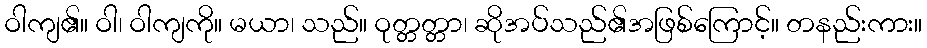
ဝါကျ၏။ ဝါ၊ ဝါကျကို။ မယာ၊ သည်။ ဝုတ္တတ္တာ၊ ဆိုအပ်သည်၏အဖြစ်ကြောင့်။ တနည်းကား။